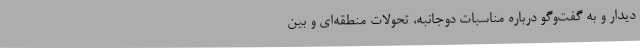
دیدار و به گفت‌وگو درباره مناسبات دوجانبه، تحولات منطقه‌ای و بین‌